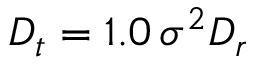
D _ { t } = 1 . 0 \, \sigma ^ { 2 } D _ { r }